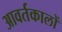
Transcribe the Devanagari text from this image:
आवर्तकालों